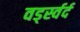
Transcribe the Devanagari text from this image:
वर्ड्स्वर्द